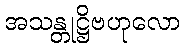
အသန္တုဋ္ဌိဗဟုလော